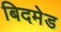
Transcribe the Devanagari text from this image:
बिदमेड